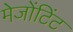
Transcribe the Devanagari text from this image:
मेजोंटिंट